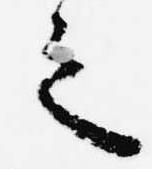
之